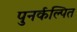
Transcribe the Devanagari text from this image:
पुनर्कल्पित